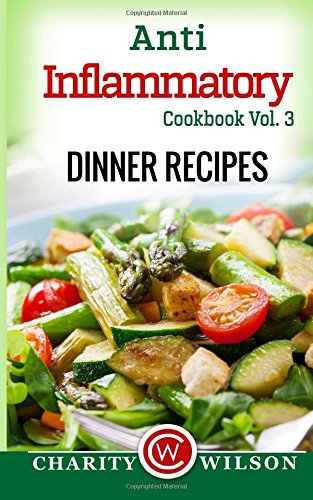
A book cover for Anti-Inflammatory Cookbook: Vol. 3 Dinner Recipes; Charity Wilson; Cookbooks, Food & Wine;